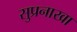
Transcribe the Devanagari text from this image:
सुप्रनाखा